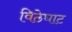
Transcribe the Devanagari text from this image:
विठेघाट